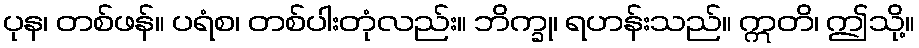
ပုန၊ တစ်ဖန်။ ပရံစ၊ တစ်ပါးတုံလည်း။ ဘိက္ခု၊ ရဟန်းသည်။ ဣတိ၊ ဤသို့။